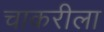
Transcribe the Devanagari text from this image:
चाकरीला